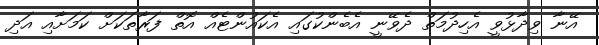
އޭނާ ވިދާޅުވީ އެހިދުމަތް ދެވޭނީ އެބެންކުގައި އެކައުންޓެއް އޮތް ފަރާތަކަށް ކަމަށާއި އަދި